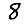
Digit: 8